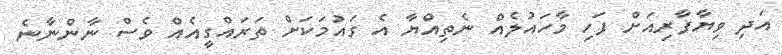
އަދި ވިޔާފާރިއަށް ފަހި މާހައުލެއް ނެތިއްޔާ އެ ގައުމަކަށް ތަރައްގީއެއް ވެސް ނާންނާނެ